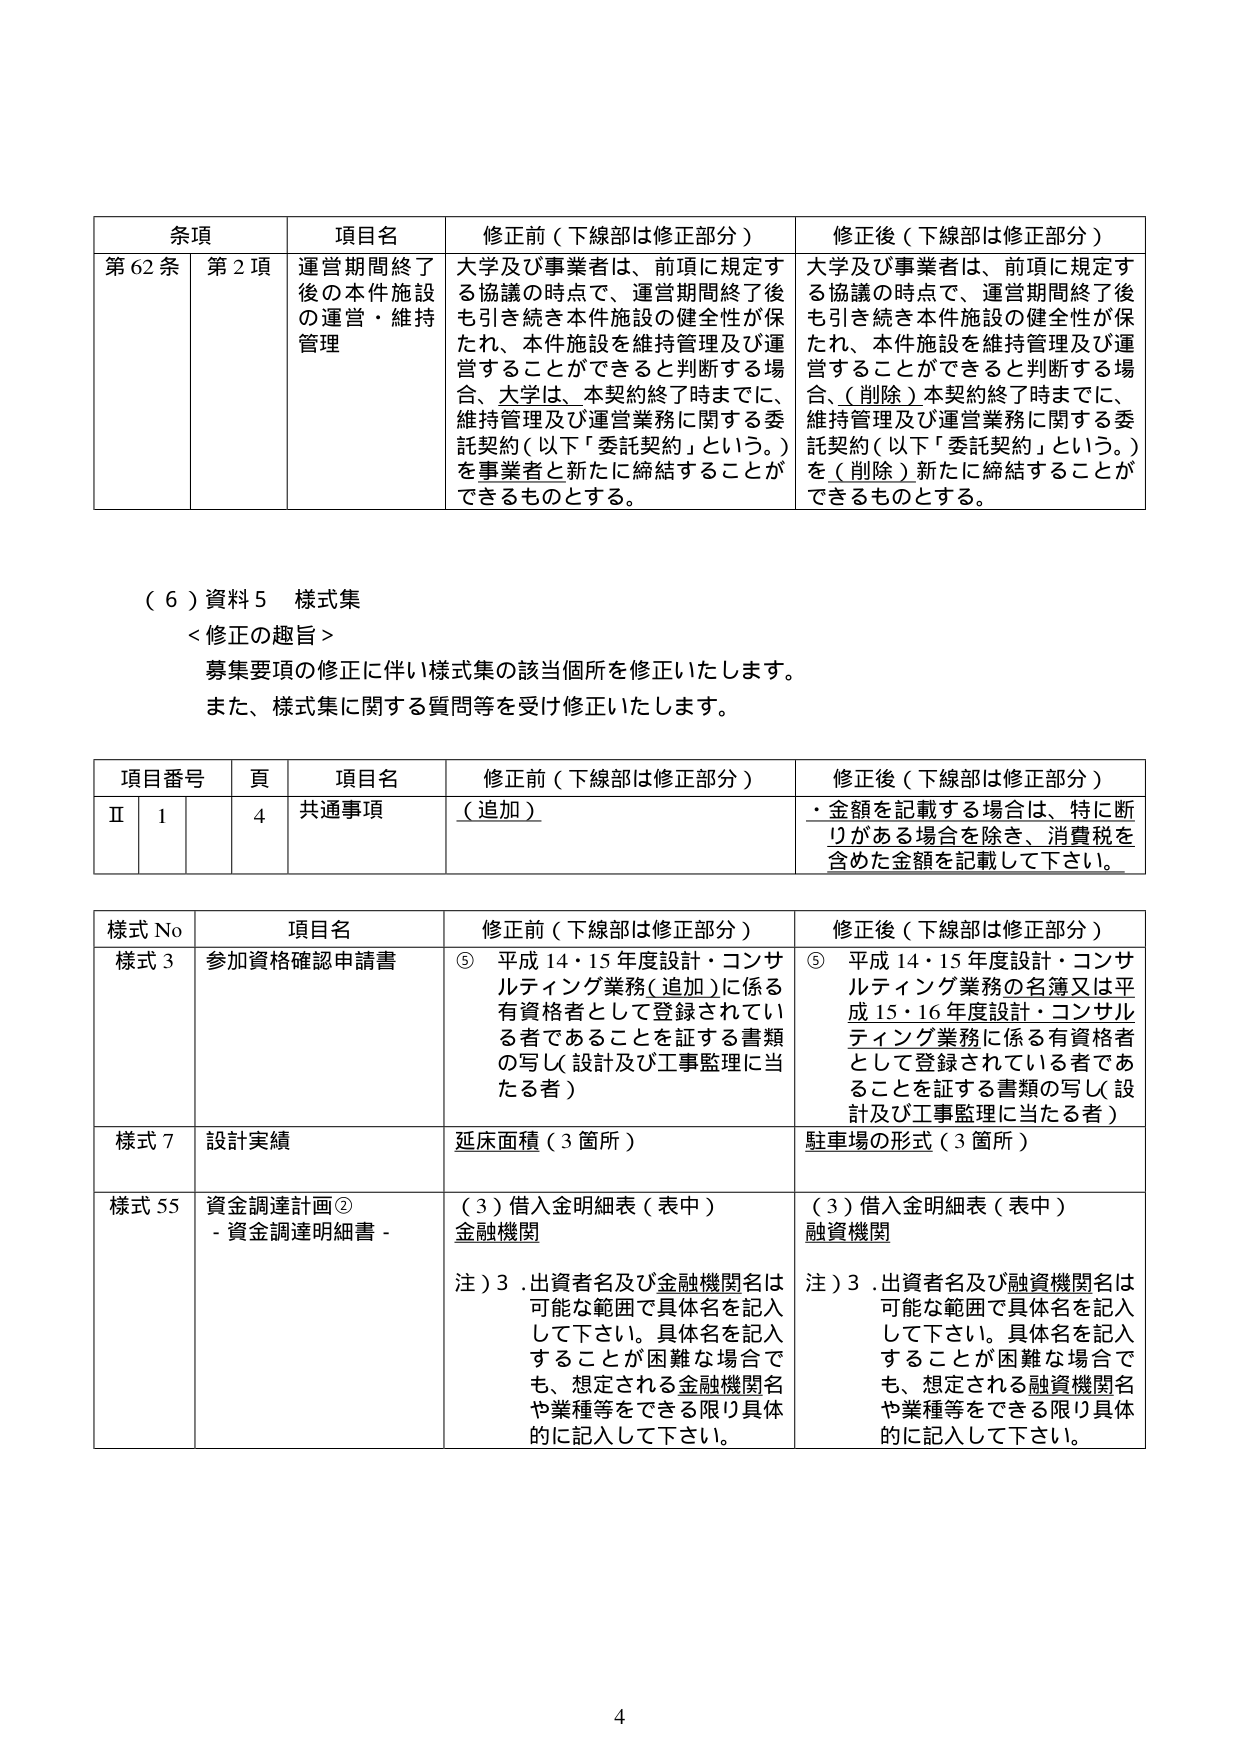
条項 項目名 修正前（下線部は修正部分） 修正後（下線部は修正部分）
第62条 第2項 運営期間終了後の本件施設の運営・維持管理 大学及び事業者は、前項に規定する協議の時点で、運営期間終了後も引き続き本件施設の健全性が保たれ、本件施設を維持管理及び運営することができると言断する場合、大学は、本契約終了時までに、維持管理及び運営業務に関する委託契約（以下「委託契約」という。）を事業者と新たに締結することができるものとする。 大学及び事業者は、前項に規定する協議の時点で、運営期間終了後も引き続き本件施設の健全性が保たれ、本件施設を維持管理及び運営することができると言断する場合、（削除）本契約終了時までに、維持管理及び運営業務に関する委託契約（以下「委託契約」という。）を（削除）新たに締結することができるものとする。

（6）資料5 様式集
＜修正の趣旨＞
募集要項の修正に伴い様式集の該当個所を修正いたします。
また、様式集に関する質問等を受け修正いたします。

項目番号 頁 項目名 修正前（下線部は修正部分） 修正後（下線部は修正部分）
Ⅱ 1 4 共通事項 （追加） ・金額を記載する場合は、特に断りがある場合を除き、消費税を含めた金額を記載して下さい。

様式No 項目名 修正前（下線部は修正部分） 修正後（下線部は修正部分）
様式3 参加資格確認申請書 ⑤ 平成14・15年度設計・コンサルティング業務（追加）に係る有資格者として登録されている者であることを証する書類の写し（設計及び工事監理に当たる者） ⑤ 平成14・15年度設計・コンサルティング業務の名簿又は平成15・16年度設計・コンサルティング業務に係る有資格者として登録されている者であることを証する書類の写し（設計及び工事監理に当たる者）
様式7 設計実績 延床面積（3箇所） 駐車場の形式（3箇所）
様式55 資金調達計画② -資金調達明細書- （3）借入金明細表（表中） 金融機関 注）3.出資者名及び金融機関名は可能な範囲で具体名を記入して下さい。具体名を記入することが困難な場合でも、想定される金融機関名や業種等をできる限り具体的に記入して下さい。 （3）借入金明細表（表中） 融資機関 注）3.出資者名及び融資機関名は可能な範囲で具体名を記入して下さい。具体名を記入することが困難な場合でも、想定される融資機関名や業種等をできる限り具体的に記入して下さい。

4